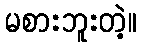
မစားဘူးတဲ့။